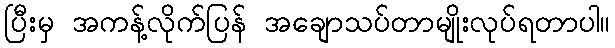
ပြီးမှ အကန့်လိုက်ပြန် အချောသပ်တာမျိုးလုပ်ရတာပါ။